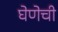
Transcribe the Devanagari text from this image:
घेणेची